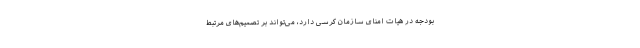
بودجه در هیات امنای سازمان کرسی دارد، می‌تواند بر تصمیم‌های مرتبط